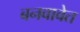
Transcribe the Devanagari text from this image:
बनवावेत